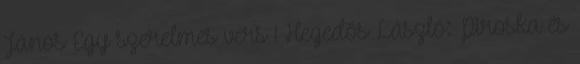
János Egy szerelmes vers 1 Hegedős László: Piroska és